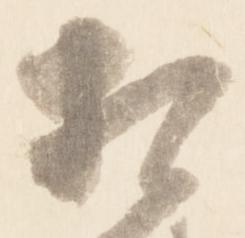
相